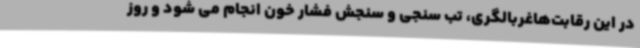
در این رقابت‌هاغربالگری، تب سنجی و سنجش فشار خون انجام می شود و روز